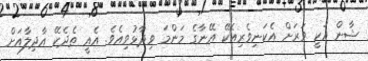
ޝާން އަކީ ވަރަށް އެކަނިވެރިއެކޭ އޭނާގެ މަންމަ ވިދާޅުވިއެވެ. އެއީ ތެދެކޭ އާދިލާއަށް